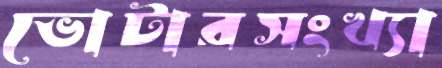
ভোটারসংখ্যা